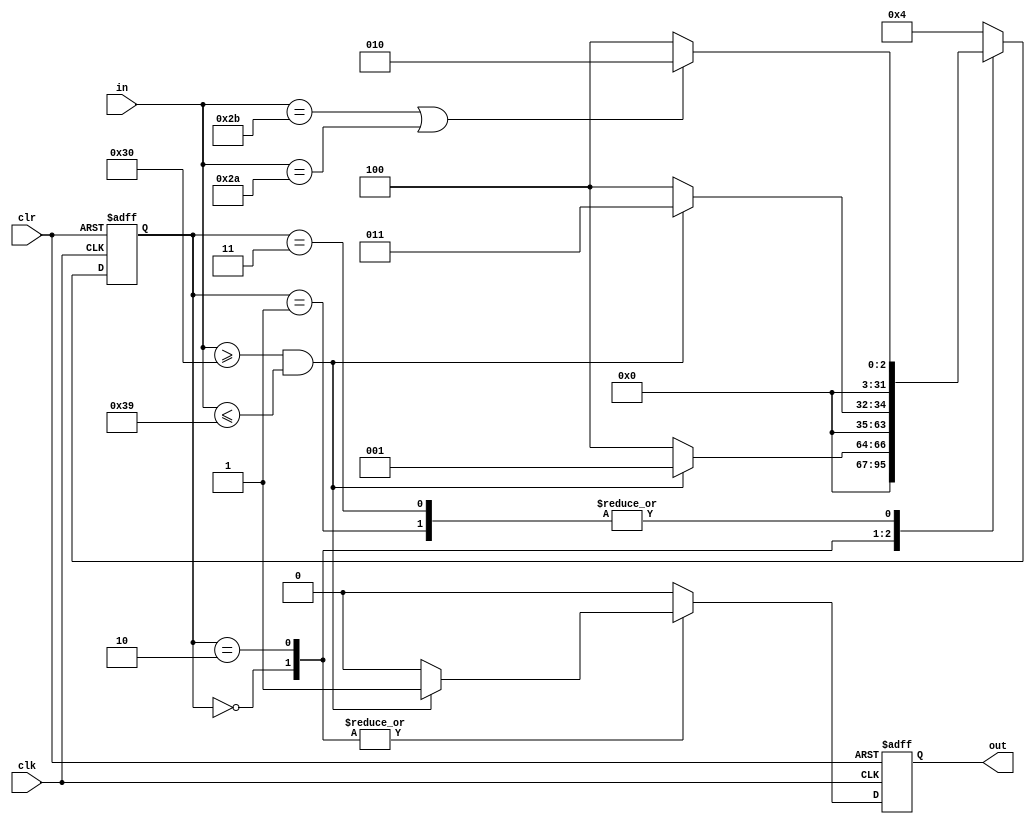
`timescale 1ns / 1ps
//////////////////////////////////////////////////////////////////////////////////
// Company: 
// Engineer: 
// 
// Design Name: 
// Module Name:    string 
// Project Name: 
// Target Devices: 
// Tool versions: 
// Description: 
//
// Dependencies: 
//
// Revision: 
// Revision 0.01 - File Created
// Additional Comments: 
//
//////////////////////////////////////////////////////////////////////////////////
module string(
    input clk,
    input clr,
    input [7:0] in,
    output reg out
    );
	 
	 integer state;
	 
	 initial begin 
		out = 0;
		state = 0;
	 end
	 
	 always @(posedge clk or posedge clr) begin
		if (clr) begin
			state <= 0;
			out <= 0;
		end
		else begin
			case (state)
			0:
				begin
					if(in>="0" && in<="9") begin 
						out <= 1;
						state <= 1;
					end
					else begin
						out <=0;
						state <= 4;
					end
				end
			1:
				begin
					if(in=="+" || in=="*") begin
						out <= 0;
						state <= 2;
					end
					else begin
						state <= 4;
						out <= 0;
					end
				end
			2:
				begin
					if(in>="0" && in<="9") begin 
						out <= 1;
						state <= 3;
					end
					else begin
						state <= 4;
						out <= 0;
					end
				end
			3:
				begin
					if(in=="+" || in=="*") begin 
						state <= 2;
						out <= 0;
					end
					else begin 
						state <= 4;
						out <= 0;
					end
				end
			default: 
				begin
					state <= 4;
					out <=0;
				end
			endcase
		end
	 
	 end
	 
endmodule